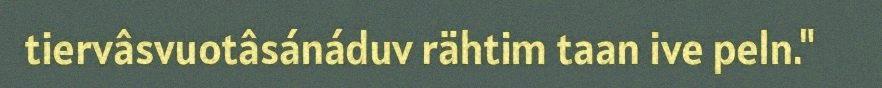
tiervâsvuotâsánáduv rähtim taan ive peln."